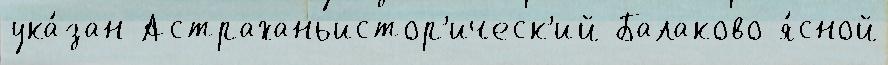
ука́зан Астраханьистор'ическ'ий Балаково я́сной